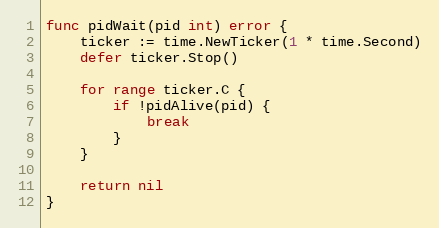
Language: Go
func pidWait(pid int) error {
	ticker := time.NewTicker(1 * time.Second)
	defer ticker.Stop()

	for range ticker.C {
		if !pidAlive(pid) {
			break
		}
	}

	return nil
}